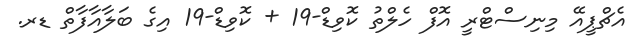
އެޗްޕީއޭ މިނިސްޓްރީ އޮފް ހެލްތު ކޮވިޑް-19 + ކޮވިޑް-19 އިގެ ބަލާއާފާތް ޑރ.